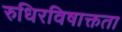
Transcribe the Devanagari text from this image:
रुधिरविषाक्तता